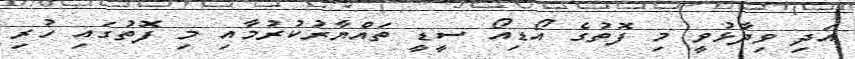
އަދި ވިދާޅުވީ މި ފޮތުގެ އޯޑިއޯ ސީޑީ ތައްޔާރުކުރުމާއި މި ފޮޮތުގައި ހުރި